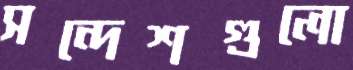
সন্দেশগুলো